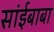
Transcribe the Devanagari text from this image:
सांईबाबा